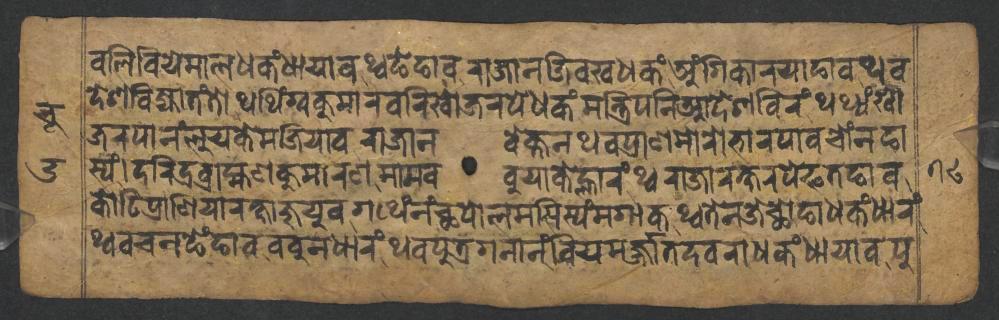
𑐧𑐮𑐶𑐧𑐶𑐫𑐾𑐩𑐵𑐮𑐢𑐎𑑄𑐢𑐵𑐫𑐵𑐰𑐠𑑂𑐰𑐒𑐾𑐒𑐵𑐰𑐬𑐵𑐖𑐵𑐣𑐖𑐶𑐰𑐏𑐢𑐎𑑄𑐀𑑄𑐐𑐶𑐎𑐵𑐬𑐫𑐵𑐒𑐵𑐰𑐠𑐰 𑐡𑐾𑐱𑐧𑐶𑐖𑑂𑐫𑐵𑐟𑑄𑐟𑑀𑐠𑐠𑐶𑑄𑐐𑑂𑐰𑐎𑐸𑐩𑐵𑐬𑐧𑐬𑐶𑐏𑑀𑐖𑐬𑐥𑐾𑐢𑐎𑑄𑐩𑐣𑑂𑐟𑑂𑐬𑐶𑐥𑐣𑐶𑐁𑐡𑐾𑐱𑐧𑐶𑐬𑑄𑐠𑐠𑑂𑐫𑑄𑐏𑑀 𑐖𑐬𑐥𑐵𑐣𑑄𑐮𑐸𑐫𑐎𑐾𑐩𑐖𑐶𑐫𑐵𑐰𑐬𑐵𑐖𑐵𑐣𑐰𑐾𑐎𑑂𑐟𑐣𑐠𑐰𑐥𑑂𑐬𑐵𑐞𑐩𑑀𑐬𑑀𑐨𑐵𑐬𑐥𑐵𑐰𑐔𑑀𑑄𑐣𑐒𑐵 𑐳𑑂𑐫𑑄𑑋𑐡𑐬𑐶𑐡𑑂𑐬𑐧𑑂𑐬𑐵𑐴𑑂𑐩𑐞𑐎𑐸𑐩𑐵𑐬𑐞𑐩𑐵𑐩𑐧𑐧𑐸𑐫𑐵𑐎𑐾𑐮𑑂𑐴𑐵𑐬𑑄𑐠𑑂𑐰𑐬𑐵𑐖𑐵𑐬𑐎𑑂𑐲𑐬𑐥𑐾𑐦𑐟𑐒𑐵𑐰 𑐎𑑀𑐚𑐶𑐥𑑂𑐬𑐵𑐞𑐶𑐫𑐵𑐬𑐎𑑂𑐲𑐵𑐖𑐸𑐫𑐸𑐰𑐐𑐠𑐾𑑄𑐣𑑄𑐕𑐥𑑀𑐮𑐩𑐳𑐶𑐳𑑂𑐫𑑄𑐩𑐐𑐵𑐎𑐠𑑂𑐰𑐟𑐾𑐣𑐖𑐾𑐕𑑀𑐒𑐵𑐢𑐎𑑄𑐢𑐵𑐬𑑄 𑐠𑑂𑐰𑐰𑐔𑐣𑐒𑐾𑑄𑐒𑐵𑐰𑐧𑐧𑐸𑐣𑐢𑐵𑐬𑑄𑐠𑐰𑐥𑐸𑐟𑑂𑐬𑐐𑐣𑐵𑐣𑑄𑐧𑐶𑐫𑑂𑐩𑐬𑑂𑐖𑑂𑐖𑐵𑐟𑐡𑐰𑐣𑐵𑐢𑐎𑑄𑐢𑐵𑐫𑐵𑐰𑐥𑐸